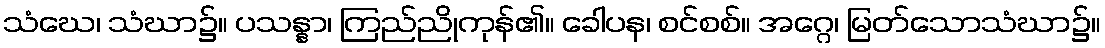
သံဃေ၊ သံဃာ၌။ ပသန္နာ၊ ကြည်ညိုကုန်၏။ ခေါပန၊ စင်စစ်။ အဂ္ဂေ၊ မြတ်သောသံဃာ၌။